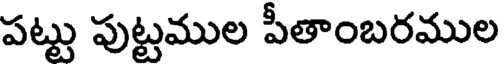
పట్టు పుట్టముల పీతాంబరముల